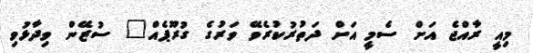
މިއީ ރާއްޖެ އަށް ސެމީ އަށް ދަތުރުކުރެވޭ ވަރުގެ ގުރޫޕެއް" ސުޒޭން ވިދާޅުވި